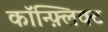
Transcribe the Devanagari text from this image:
कॉन्फ़्लिक्ट